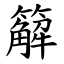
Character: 䉏